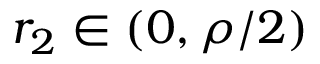
r _ { 2 } \in ( 0 , \rho / 2 )